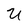
Character: U